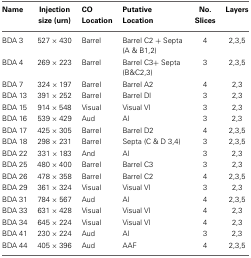
<table><thead><tr><td><b>Name</b></td><td><b>Injection size (urn)</b></td><td><b>CO Location</b></td><td><b>Putative Location</b></td><td><b>No. Slices</b></td><td><b>Layers</b></td></tr></thead><tbody><tr><td>BDA 3</td><td>527 × 430</td><td>Barrel</td><td>Barrel C2 + Septa (A &amp; B1,2)</td><td>4</td><td>2,3,5</td></tr><tr><td>BDA 4</td><td>269 × 223</td><td>Barrel</td><td>Barrel C3+ Septa (B&amp;C2,3)</td><td>3</td><td>2,3,5</td></tr><tr><td>BDA 7</td><td>324 × 197</td><td>Barrel</td><td>Barrel A2</td><td>4</td><td>2,3</td></tr><tr><td>BDA 13</td><td>391 × 252</td><td>Barrel</td><td>Barrel Dl</td><td>3</td><td>2,3</td></tr><tr><td>BDA 15</td><td>914 × 548</td><td>Visual</td><td>Visual VI</td><td>3</td><td>2,3</td></tr><tr><td>BDA 16</td><td>539 × 429</td><td>Aud</td><td>Al</td><td>3</td><td>2,3</td></tr><tr><td>BDA 17</td><td>425 × 305</td><td>Barrel</td><td>Barrel D2</td><td>4</td><td>2,3,5</td></tr><tr><td>BDA 18</td><td>298 × 231</td><td>Barrel</td><td>Septa (C &amp; D 3,4)</td><td>3</td><td>2,3,5</td></tr><tr><td>BDA 22</td><td>331 × 183</td><td>And</td><td>Al</td><td>3</td><td>2,3</td></tr><tr><td>BDA 25</td><td>480 × 400</td><td>Barrel</td><td>Barrel C3</td><td>3</td><td>2,3</td></tr><tr><td>BDA 26</td><td>478 × 358</td><td>Barrel</td><td>Barrel C2</td><td>4</td><td>2,3,5</td></tr><tr><td>BDA 29</td><td>361 × 324</td><td>Visual</td><td>Visual VI</td><td>3</td><td>2,3</td></tr><tr><td>BDA 31</td><td>784 × 567</td><td>Aud</td><td>Al</td><td>4</td><td>2,3,5</td></tr><tr><td>BDA 33</td><td>631 × 428</td><td>Visual</td><td>Visual VI</td><td>4</td><td>2,3</td></tr><tr><td>BDA 34</td><td>645 × 224</td><td>Visual</td><td>Visual VI</td><td>4</td><td>2,3</td></tr><tr><td>BDA 41</td><td>230 × 224</td><td>Aud</td><td>Al</td><td>3</td><td>2,3</td></tr><tr><td>BDA 44</td><td>405 × 396</td><td>Aud</td><td>AAF</td><td>4</td><td>2,3,5</td></tr></tbody></table>